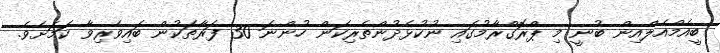
ބީއެމްއެލްއިން ބުނީ މި ޕްރޮގްރާމުގައި ނުކުޅެދުންތެރިކަން ހުންނަ 30 ފަރާތަކުން ބައިވެރިވާ ކަމަށެވެ.